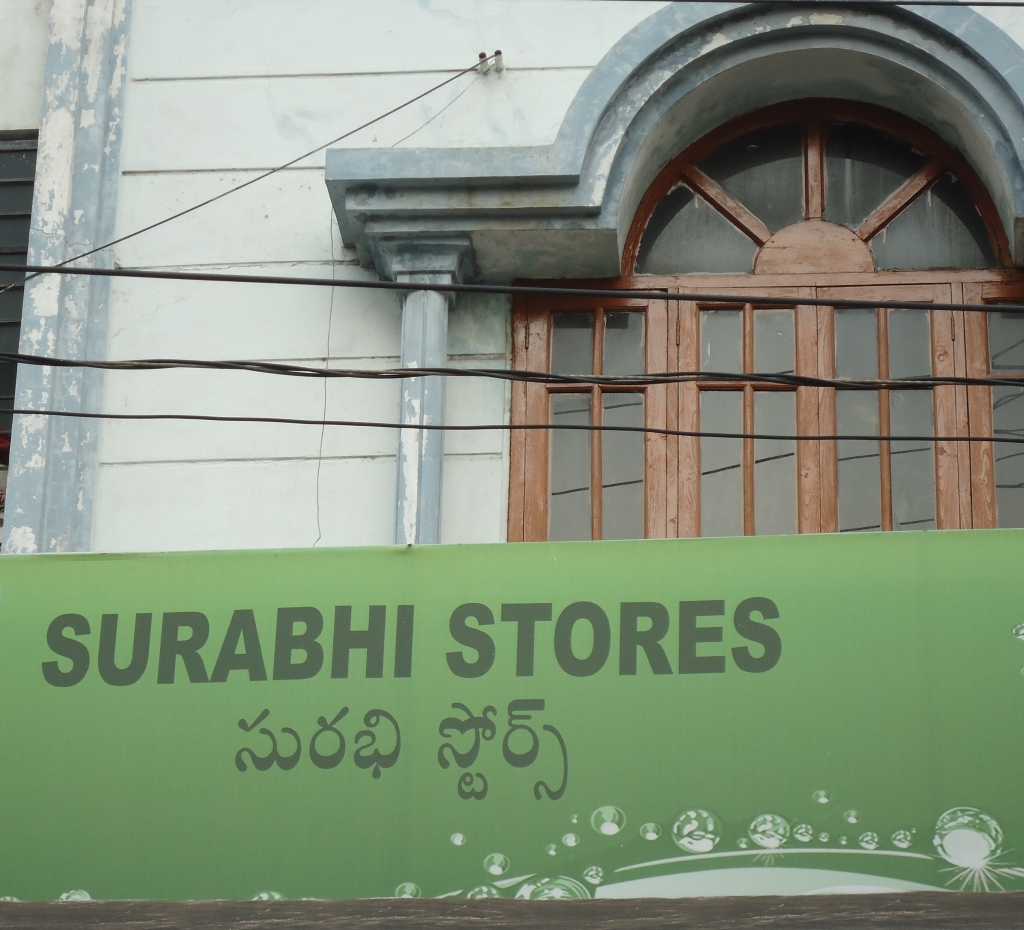
Language: telugu
Transcription: సురభి స్టోర్స్